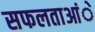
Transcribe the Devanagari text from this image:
सफलताआंे